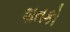
શતકો